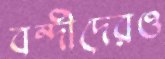
বন্দীদেরও